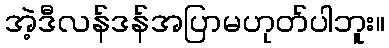
အဲ့ဒီလန်ဒန်အပြာမဟုတ်ပါဘူး။